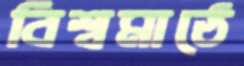
বিশ্বমাঠে